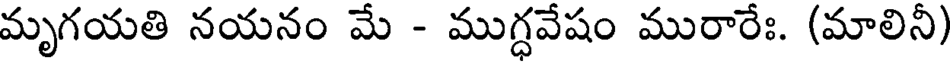
మృగయతి నయనం మే - ముగ్ధవేషం మురారేః. (మాలినీ)